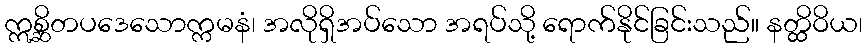
ဣစ္ဆိတပဒေသောက္ကမနံ၊ အလိုရှိအပ်သော အရပ်သို့ ရောက်နိုင်ခြင်းသည်။ နတ္ထိဝိယ၊